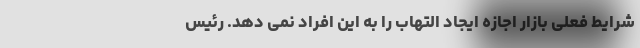
شرایط فعلی بازار اجازه ایجاد التهاب را به این افراد نمی دهد. رئیس